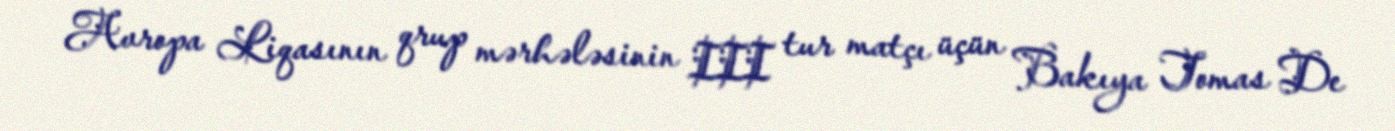
Avropa Liqasının qrup mərhələsinin III tur matçı üçün Bakıya Tomas De